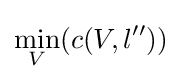
\min _{V}(c(V,l^{\prime \prime }))